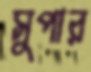
সুপার